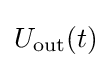
U_{\text{out}}(t)